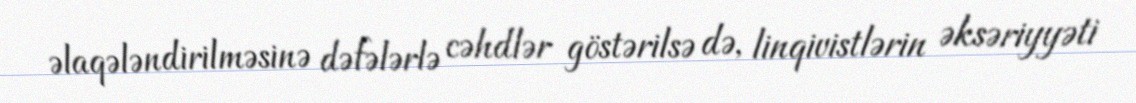
əlaqələndirilməsinə dəfələrlə cəhdlər göstərilsə də, linqivistlərin əksəriyyəti